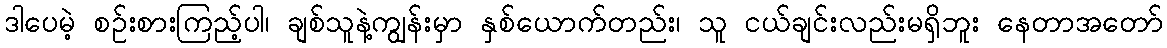
ဒါပေမဲ့ စဉ်းစားကြည့်ပါ၊ ချစ်သူနဲ့ကျွန်းမှာ နှစ်ယောက်တည်း၊ သူ ငယ်ချင်းလည်းမရှိဘူး နေတာအတော်